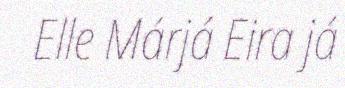
Elle Márjá Eira já